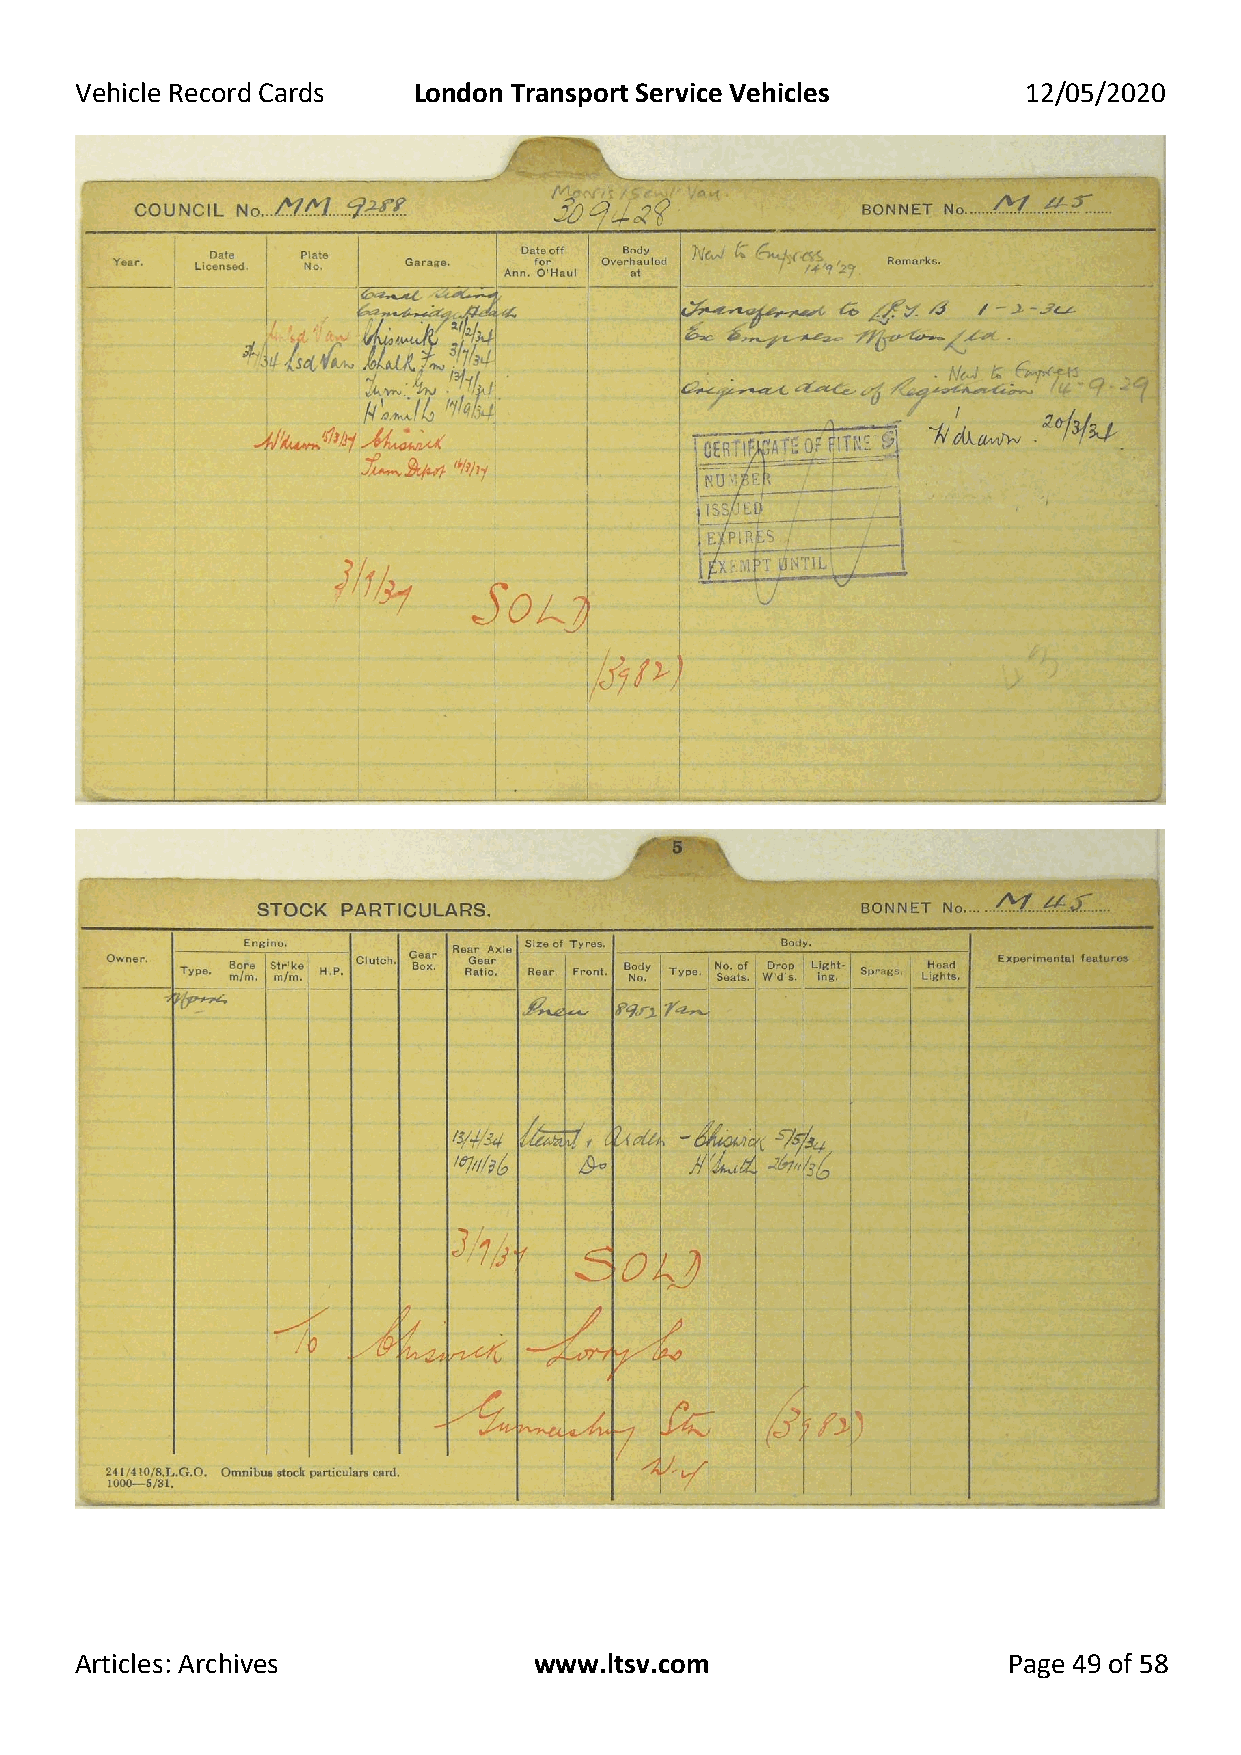
Vehicle Record Cards  London Transport Service Vehicles        12/05/2020
 Articles: Archives            www.ltsv.com                    Page 49 of 58